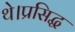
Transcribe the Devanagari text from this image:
थे।प्रसिद्ध